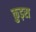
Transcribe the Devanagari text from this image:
कुड़रा